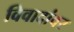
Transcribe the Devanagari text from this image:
विवादांवर